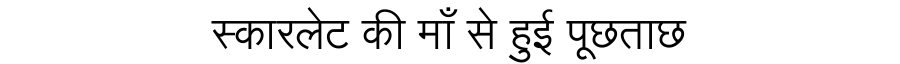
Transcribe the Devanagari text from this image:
स्कारलेट की माँ से हुई पूछताछ